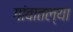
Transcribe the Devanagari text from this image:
गांवातल्या